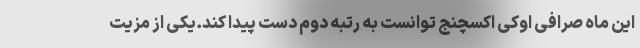
این ماه صرافی اوکی اکسچنج توانست به رتبه دوم دست پیدا کند.یکی از مزیت